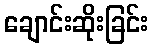
ချောင်းဆိုးခြင်း